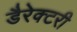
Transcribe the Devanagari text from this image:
डैरेक्टरी